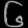
Digit: ၆